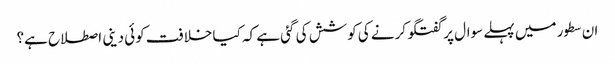
ان سطور میں پہلے سوال پر گفتگو کرنے کی کوشش کی گئی ہے کہ کیا خلافت کوئی دینی اصطلاح ہے؟